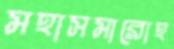
মহাসমারোহ